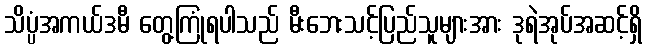
သိပ္ပံအကယ်ဒမီ တွေ့ကြုံရပါသည် မီးဘေးသင့်ပြည်သူများအား ဒုရဲအုပ်အဆင့်ရှိ